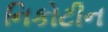
નિકોટીન